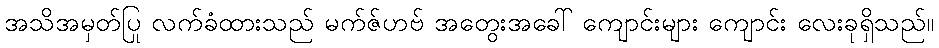
အသိအမှတ်ပြု လက်ခံထားသည် မက်ဇ်ဟဗ် အတွေးအခေါ် ကျောင်းများ ကျောင်း လေးခုရှိသည်။